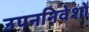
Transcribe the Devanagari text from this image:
उपननिवेशों